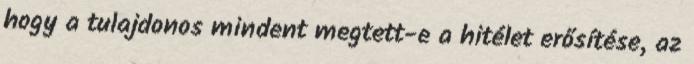
hogy a tulajdonos mindent megtett-e a hitélet erősítése, az